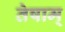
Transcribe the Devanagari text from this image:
तेषाम्